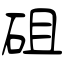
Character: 砠